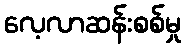
လေ့လာဆန်းစစ်မှု